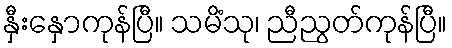
နှီးနှောကုန်ပြီ။ သမိံသု၊ ညီညွတ်ကုန်ပြီ။